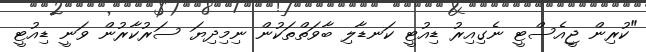
"ކުރިން ޖީއެސްޓީ ނެގިއިރު ޑިއުޓީ ކަނޑާލި ބާވަތްތަކުން ނިމިދިޔަ ސަރުކާރުން ވަނީ ޑިއުޓީ